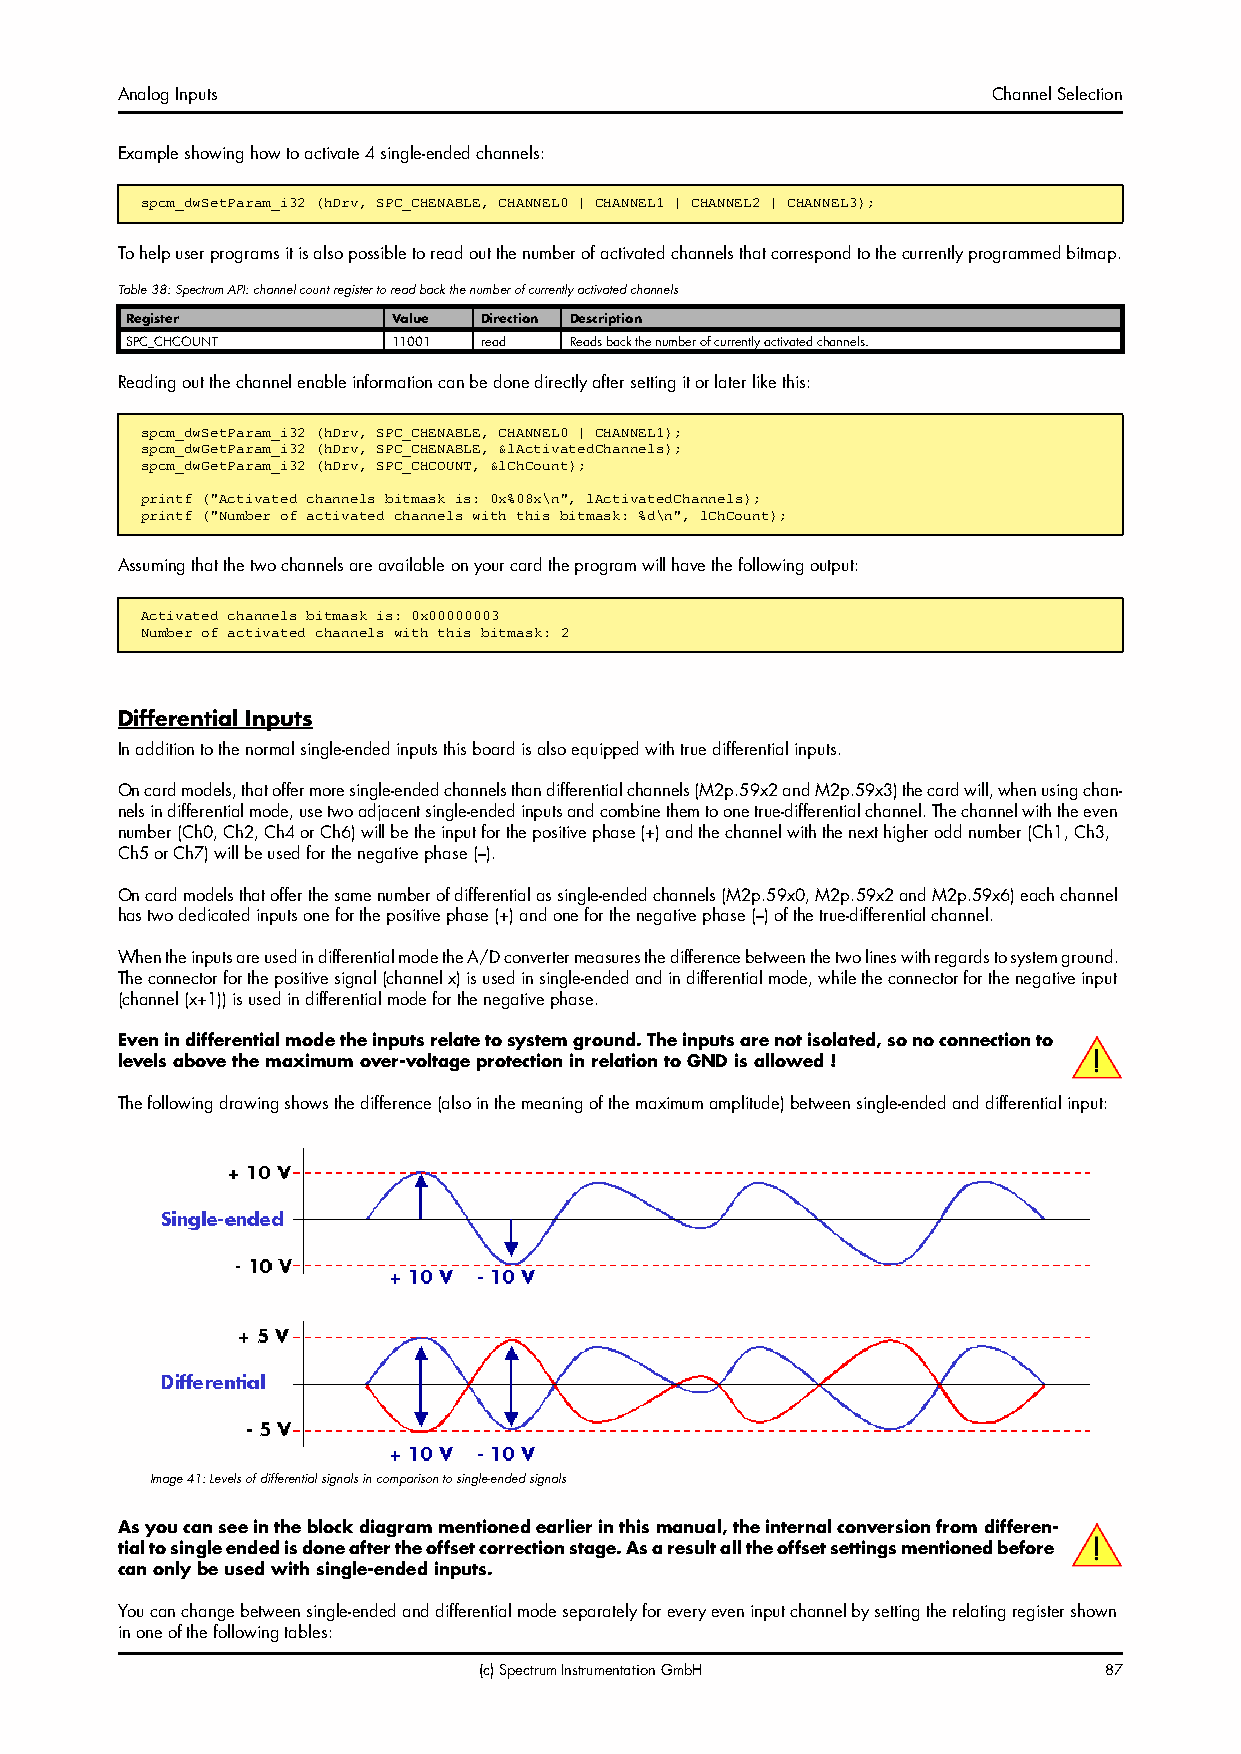
Analog Inputs                                             Channel Selection
 Example showing how to activate 4 single-ended channels:
 spcm_dwSetParam_i32 (hDrv, SPC_CHENABLE, CHANNEL0 | CHANNEL1 | CHANNEL2 | CHANNEL3);
 To help user programs it is also possible to read out the number of activated channels that correspond to the currently programmed bitmap.
 Table 38: Spectrum API: channel count register to read back the number of currently activated channels
 Register          Value Direction Description
 SPC_CHCOUNT       11001 read  Reads back the number of currently activated channels.
 Reading out the channel enable information can be done directly after setting it or later like this:
 spcm_dwSetParam_i32 (hDrv, SPC_CHENABLE, CHANNEL0 | CHANNEL1);
 spcm_dwGetParam_i32 (hDrv, SPC_CHENABLE, &lActivatedChannels);
 spcm_dwGetParam_i32 (hDrv, SPC_CHCOUNT, &lChCount);
 printf ("Activated channels bitmask is: 0x%08x\n", lActivatedChannels);
 printf ("Number of activated channels with this bitmask: %d\n", lChCount);
 Assuming that the two channels are available on your card the program will have the following output:
 Activated channels bitmask is: 0x00000003
 Number of activated channels with this bitmask: 2
 Differential Inputs
 In addition to the normal single-ended inputs this board is also equipped with true differential inputs.
 On card models, that offer more single-ended channels than differential channels (M2p.59x2 and M2p.59x3) the card will, when using chan-
 nels in differential mode, use two adjacent single-ended inputs and combine them to one true-differential channel. The channel with the even
 number (Ch0, Ch2, Ch4 or Ch6) will be the input for the positive phase (+) and the channel with the next higher odd number (Ch1, Ch3,
 Ch5 or Ch7) will be used for the negative phase (–).
 On card models that offer the same number of differential as single-ended channels (M2p.59x0, M2p.59x2 and M2p.59x6) each channel
 has two dedicated inputs one for the positive phase (+) and one for the negative phase (–) of the true-differential channel.
 When the inputs are used in differential mode the A/D converter measures the difference between the two lines with regards to system ground.
 The connector for the positive signal (channel x) is used in single-ended and in differential mode, while the connector for the negative input
 (channel (x+1)) is used in differential mode for the negative phase.
 Even in differential mode the inputs relate to system ground. The inputs are not isolated, so no connection to
 levels above the maximum over-voltage protection in relation to GND is allowed !
 The following drawing shows the difference (also in the meaning of the maximum amplitude) between single-ended and differential input:
 Image 41: Levels of differential signals in comparison to single-ended signals
 As you can see in the block diagram mentioned earlier in this manual, the internal conversion from differen-
 tial to single ended is done after the offset correction stage. As a result all the offset settings mentioned before
 can only be used with single-ended inputs.
 You can change between single-ended and differential mode separately for every even input channel by setting the relating register shown
 in one of the following tables:
 (c) Spectrum Instrumentation GmbH        87